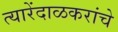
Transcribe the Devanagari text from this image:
त्यारेंदाळकरांचे